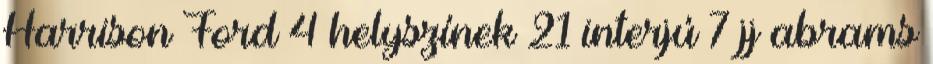
Harrison Ford 4 helyszínek 21 interjú 7 jj abrams